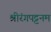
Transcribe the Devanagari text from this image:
श्रीरंगपट्टनम